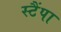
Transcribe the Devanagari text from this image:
स्टैंपा